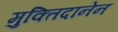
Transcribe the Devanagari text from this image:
मुक्तिदानेन